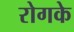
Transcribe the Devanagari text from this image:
रोगके